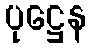
ပုဋ္ဌေန